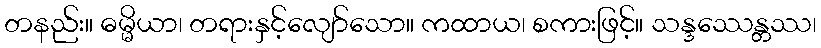
တနည်း။ ဓမ္မိယာ၊ တရားနှင့်လျော်သော။ ကထာယ၊ စကားဖြင့်။ သန္ဒဿေန္တဿ၊